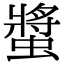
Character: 螿